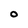
Character: O